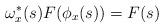
LaTeX: \begin{align*}\omega_x^*(s) F(\phi_x(s))=F(s) \end{align*}